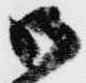
御